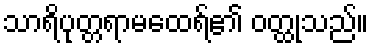
သာရိပုတ္တရာမထေရ်၏ ဝတ္ထုသည်။